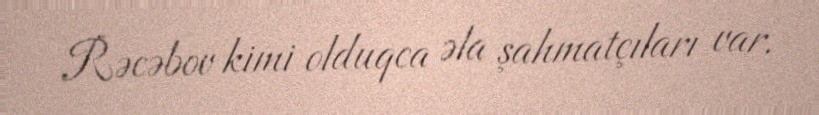
Rəcəbov kimi olduqca əla şahmatçıları var.